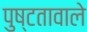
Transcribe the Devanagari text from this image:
पुष्टतावाले